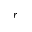
r